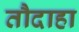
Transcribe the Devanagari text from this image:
तौदाहा